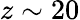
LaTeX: z\sim 20